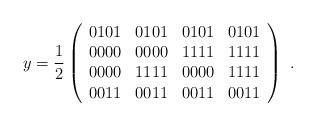
LaTeX: \begin{align*} y=\frac{1}{2} \left( \begin{array}{cccc} 0101 &0101&0101 &0101\\ 0000 &0000 &1111 &1111\\ 0000 &1111 &0000 &1111\\0011 &0011 &0011 &0011\end{array} \right) \ .\end{align*}